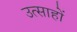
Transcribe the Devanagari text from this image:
उत्साहों